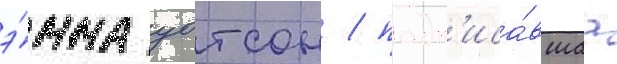
э́мма уотсон / подп'иса́вшаа